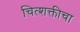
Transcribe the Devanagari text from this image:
चित्शक्तीचा